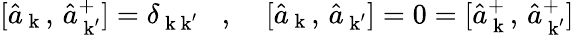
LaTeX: [\hat{a}_{\mathrm{\mathbf~k}}\, ,\, \hat{a}_{\mathrm{\mathbf~k}^{\prime}}^{+}]=\delta_{\mathrm{\mathbf~k}\mathrm{\mathbf~k}^{\prime}}\; \; \; ,\; \; \; \; [\hat{a}_{\mathrm{\mathbf~k}}\, ,\, \hat{a}_{\mathrm{\mathbf~k}^{\prime}}]=0=[\hat{a}_{\mathrm{\mathbf~k}}^{+}\, ,\, \hat{a}_{\mathrm{\mathbf~k}^{\prime}}^{+}]